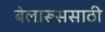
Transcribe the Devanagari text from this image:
बेलारूससाठी